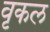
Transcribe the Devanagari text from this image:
वृकल